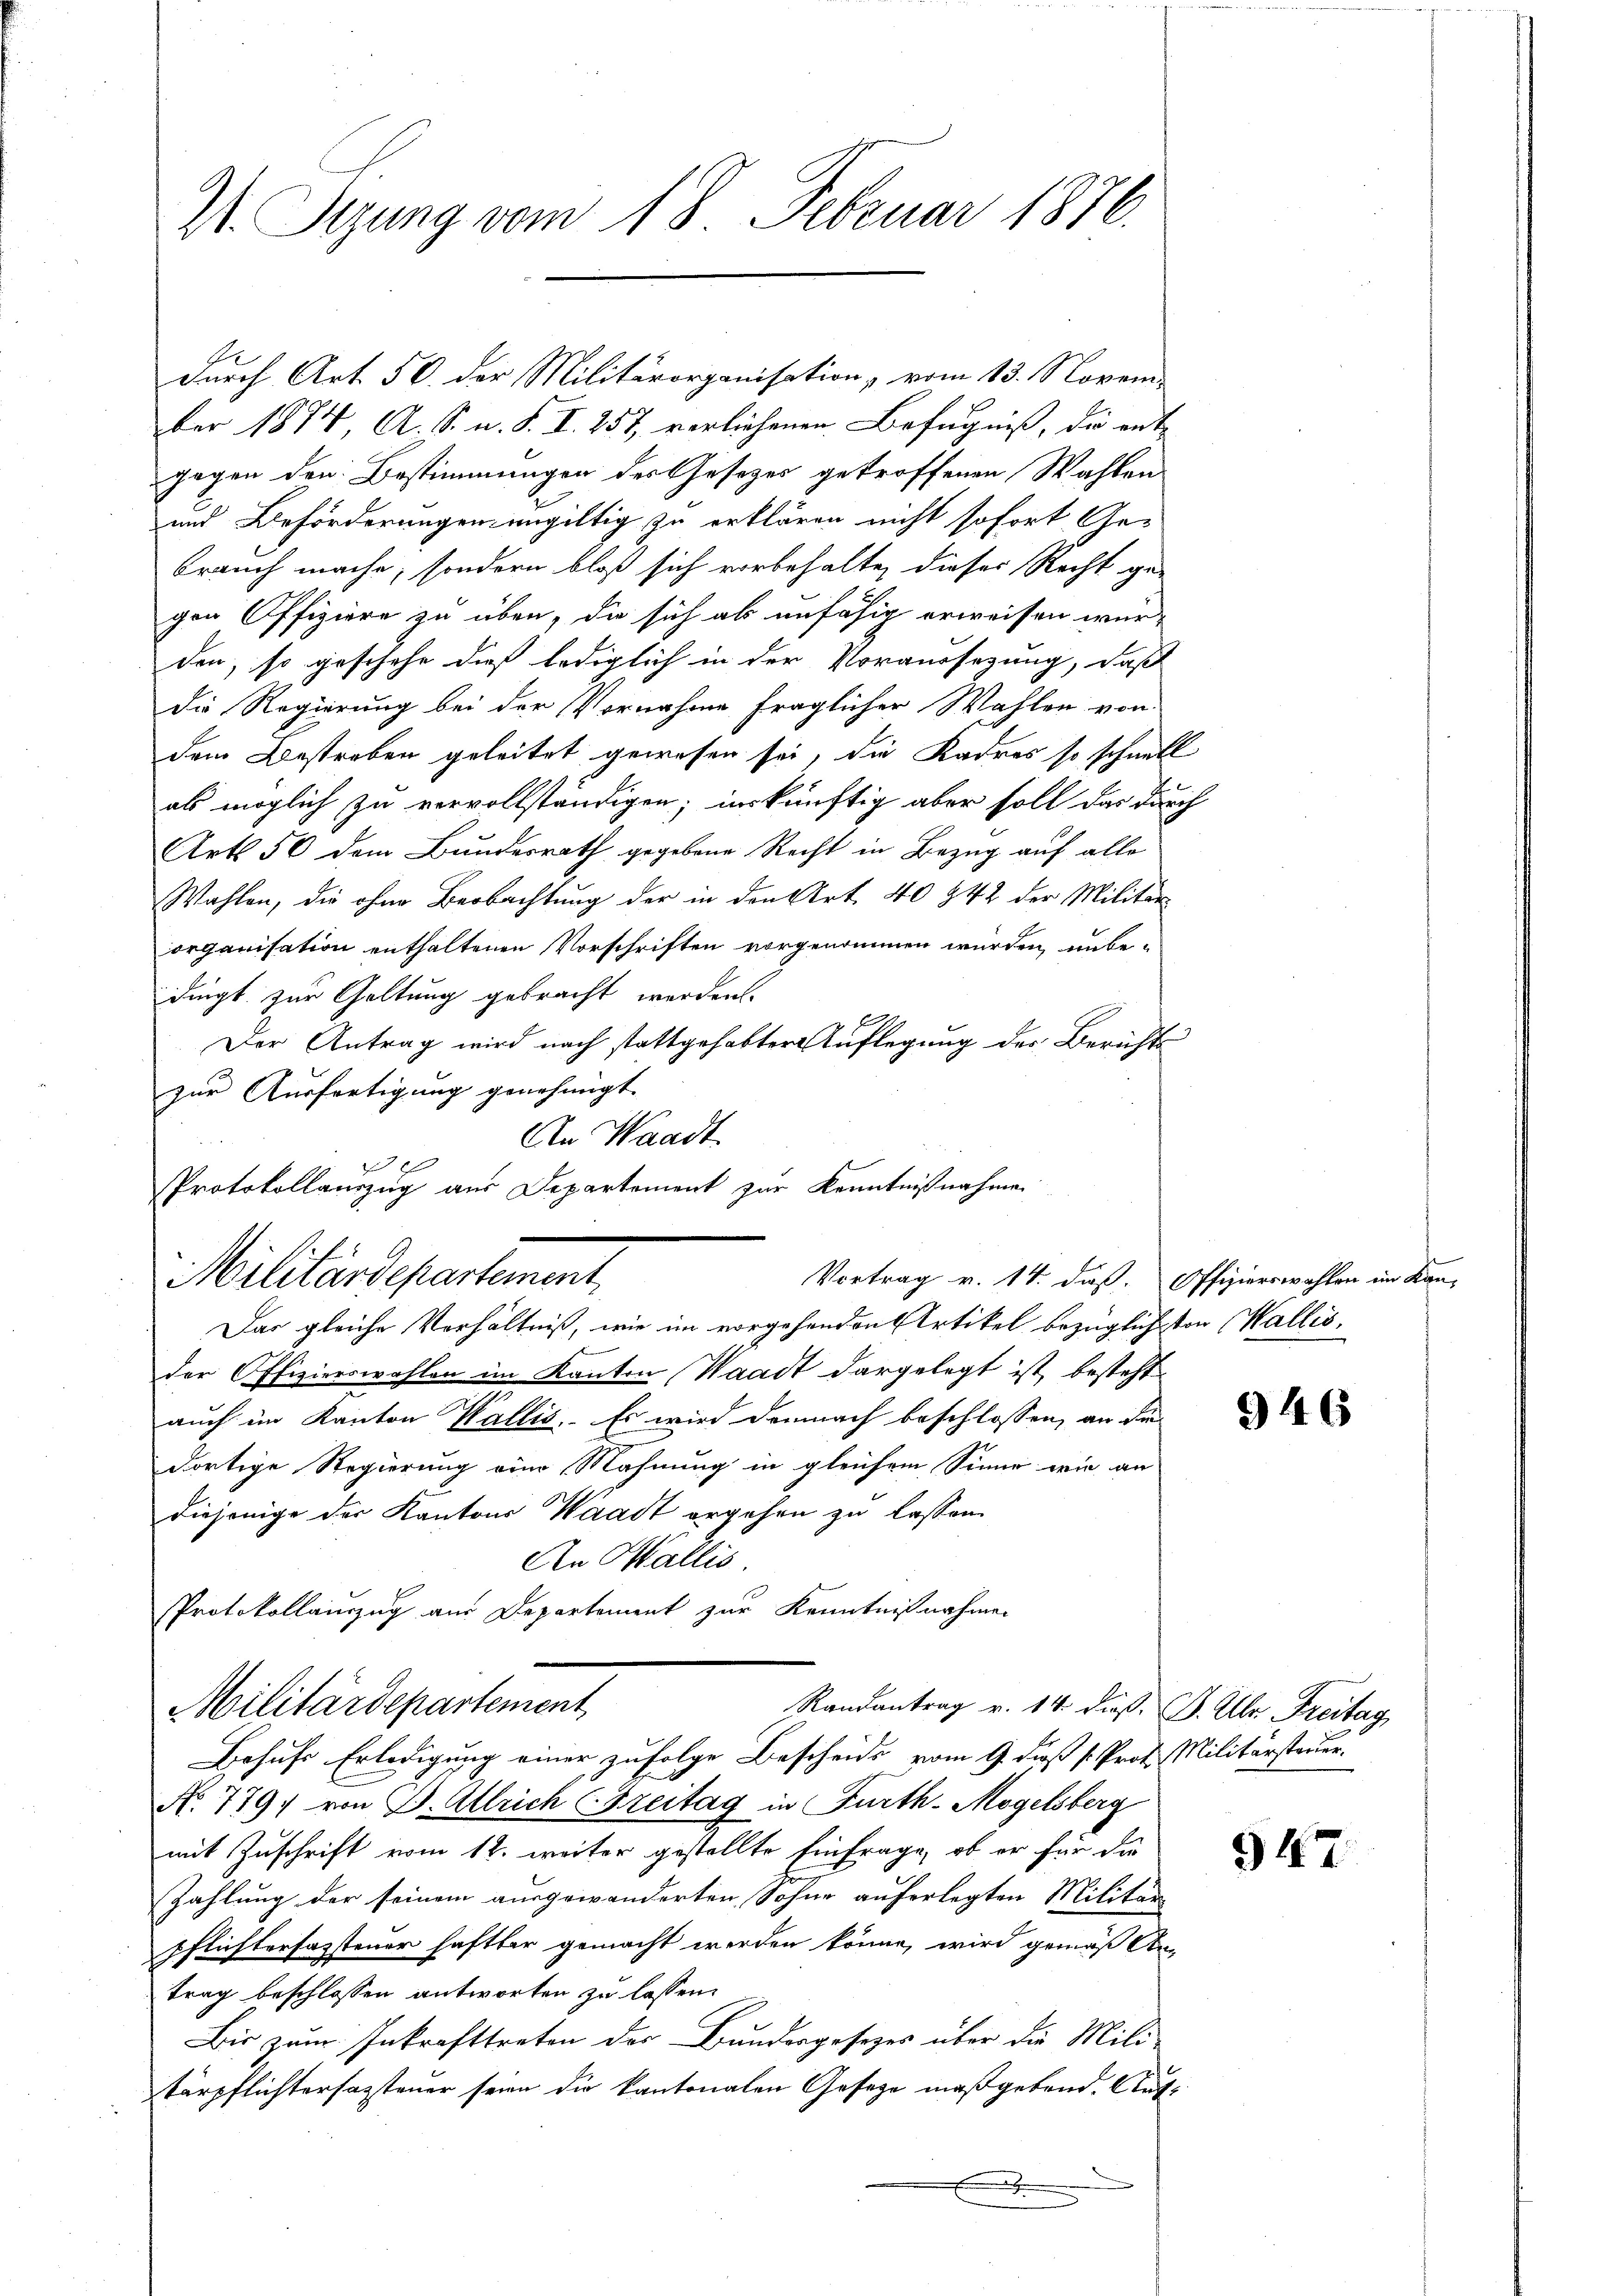
V. Sizung vom 18. Februar 1876.

durch Art. 50. der Militärorganisation, vom 13. Novem-
ber 1874, A. S. u. S. I. 257, verliehenen Befugniß, die ent-
gegen den Bestimmungen des Gesetzes getroffenen Wahlen
und Beförderungen ungültig zu erklären nicht sofort Ge-
brauch mache, sondern bloß sich vorbehalte, dieser Recht ge-
gen Offiziere zu über, die sich als unfähig erweisen wür-
den, so geschehe dieß lediglich in der Voraussetzung, daß
die Regierung bei der Vornahme fraglicher Wahlen von
dem Bestreben geleitet gewesen sei, die Kadres so schnell
als möglich zu vervollständigen; inskünftig aber soll das durch
Art 56 dem Bundesrath gegebene Recht in Bezug auf alle
Wahlen, die ohne Beobachtung der in den Art. 40 842 der Militär-
organisation enthaltenen Vorschriften vorgenommen würden, unbedingt zur Geltung gebracht werden.
Der Antrag wird nach stattgehabter Auflegung des Berichtszur Ausfertigung genehmigt.
Das gleiche Verhältniß, wie im vorgehenden Artikel bezüglich von Wallis,
der Offizierswahlen im Kanton Waadt dargelegt ist, besteht
auch im Kanton Wallis. Es wird demnach beschlossen, an die
dortige Regierung eine Mahnung in gleichem Sinne wie an
diejenige der Kantons Waadt ergehen zu lassen.
An Wallis.
Protokollanzug aus Departement zur Kenntnißnahmen
Militärdepartement
Randantrag v. 14. dieß. B. Ulr. Freitag
Bohufs Erledigung einer zufolge Bescheids vom 9. dieß s. Prof. Militärsteuer.
No. 779, von J. Allrich (Freitag in Furth-Mogelsberg
mit Zuschrift vom 12. weiter gestellte Einfrage, ob er für die
Zahlung der seinem ausgewanderten Sohne auferlegten Militär
Pflichtersagstener haftbar gemacht werden könne, wird gemäß An-
trag beschlossen antworten zu lassen.
Bis zum Inkrafttreten der Bundergesezes über die Mili-
tärpflichterfassteuer seien die kantonalen Geseze maßgebend. Auf¬

An Waadt
PProtokollauszug aus Departement zur Kenntnißnahme
Militärdepartement
Vortrag v. 14. daß. Offizierswahlen im Kan-

946

947